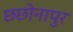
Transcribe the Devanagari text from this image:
छछोनापुर